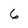
Character: 6